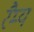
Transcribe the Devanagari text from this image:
रैम्य